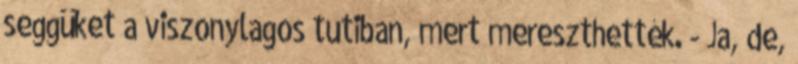
seggüket a viszonylagos tutiban, mert mereszthették. - Ja, de,